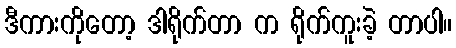
ဒီကားကိုတော့ ဒါရိုက်တာ က ရိုက်ကူးခဲ့ တာပါ။